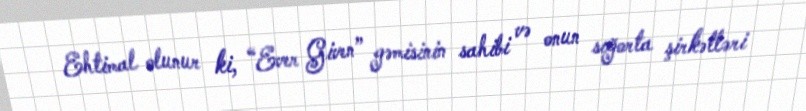
Ehtimal olunur ki, “Ever Given” gəmisinin sahibi və onun sığorta şirkətləri